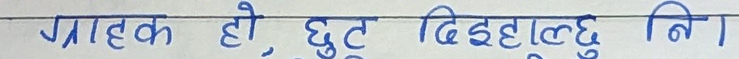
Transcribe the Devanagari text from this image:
ग्राहक हो, छुट दिइहाल्छु नि।